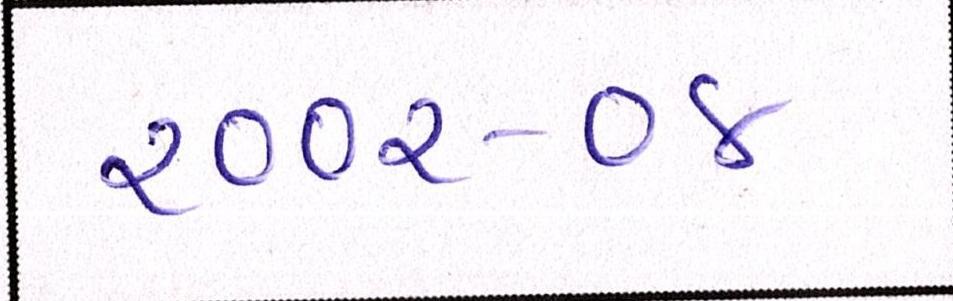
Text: ૨૦૦૨-૦૪